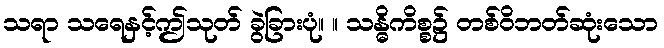
သရာ သရေနှင့်ဤသုတ် ခွဲခြားပုံ။ ။ သန္ဓိကိစ္စ၌ တစ်ဝိဘတ်ဆုံးသော